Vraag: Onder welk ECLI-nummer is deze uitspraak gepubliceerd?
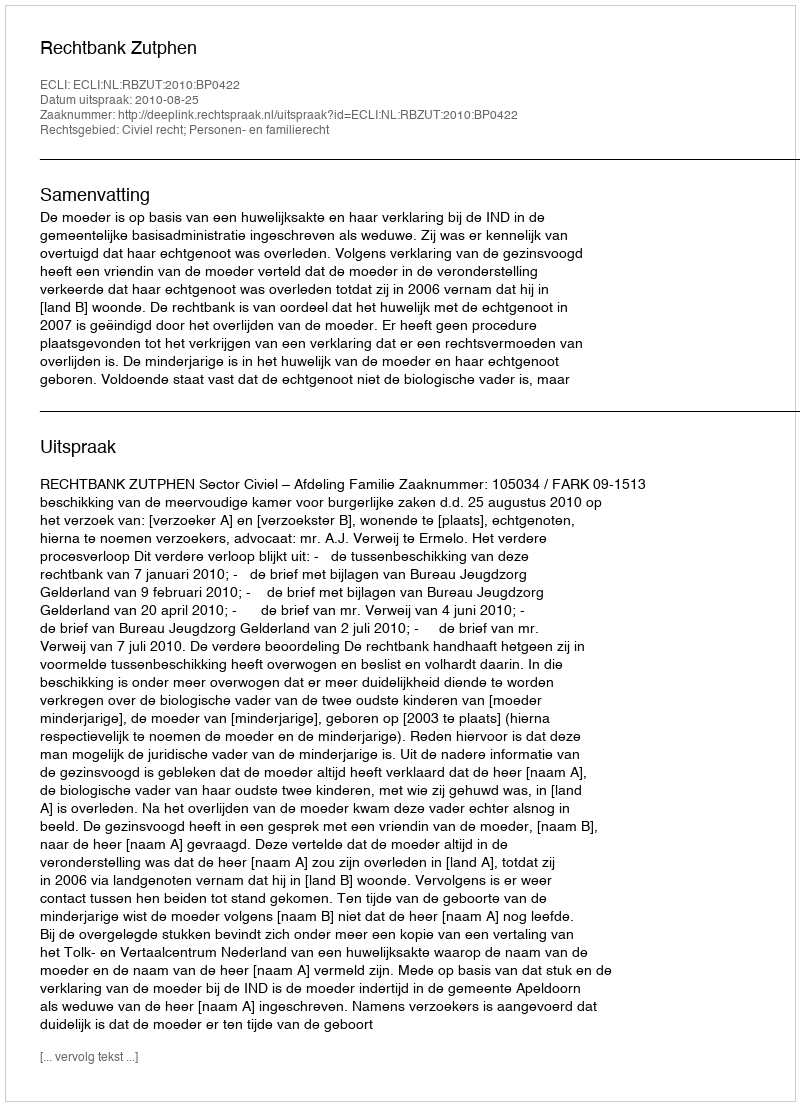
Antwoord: ECLI:NL:RBZUT:2010:BP0422